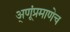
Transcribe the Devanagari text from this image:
अ्णूंप्रमाणेच